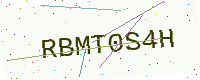
Text: RBMT0S4H